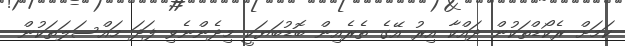
ކަމަށް ރެކޯޑްތަކުން ދައްކާ އިރު އޭގެ ތެރެއިން ބޮޑުބަޔަކީ މިދެންނެވި ފަދަ މައްސަލަތަކުން